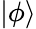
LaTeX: \mathinner{|{\phi}\rangle}